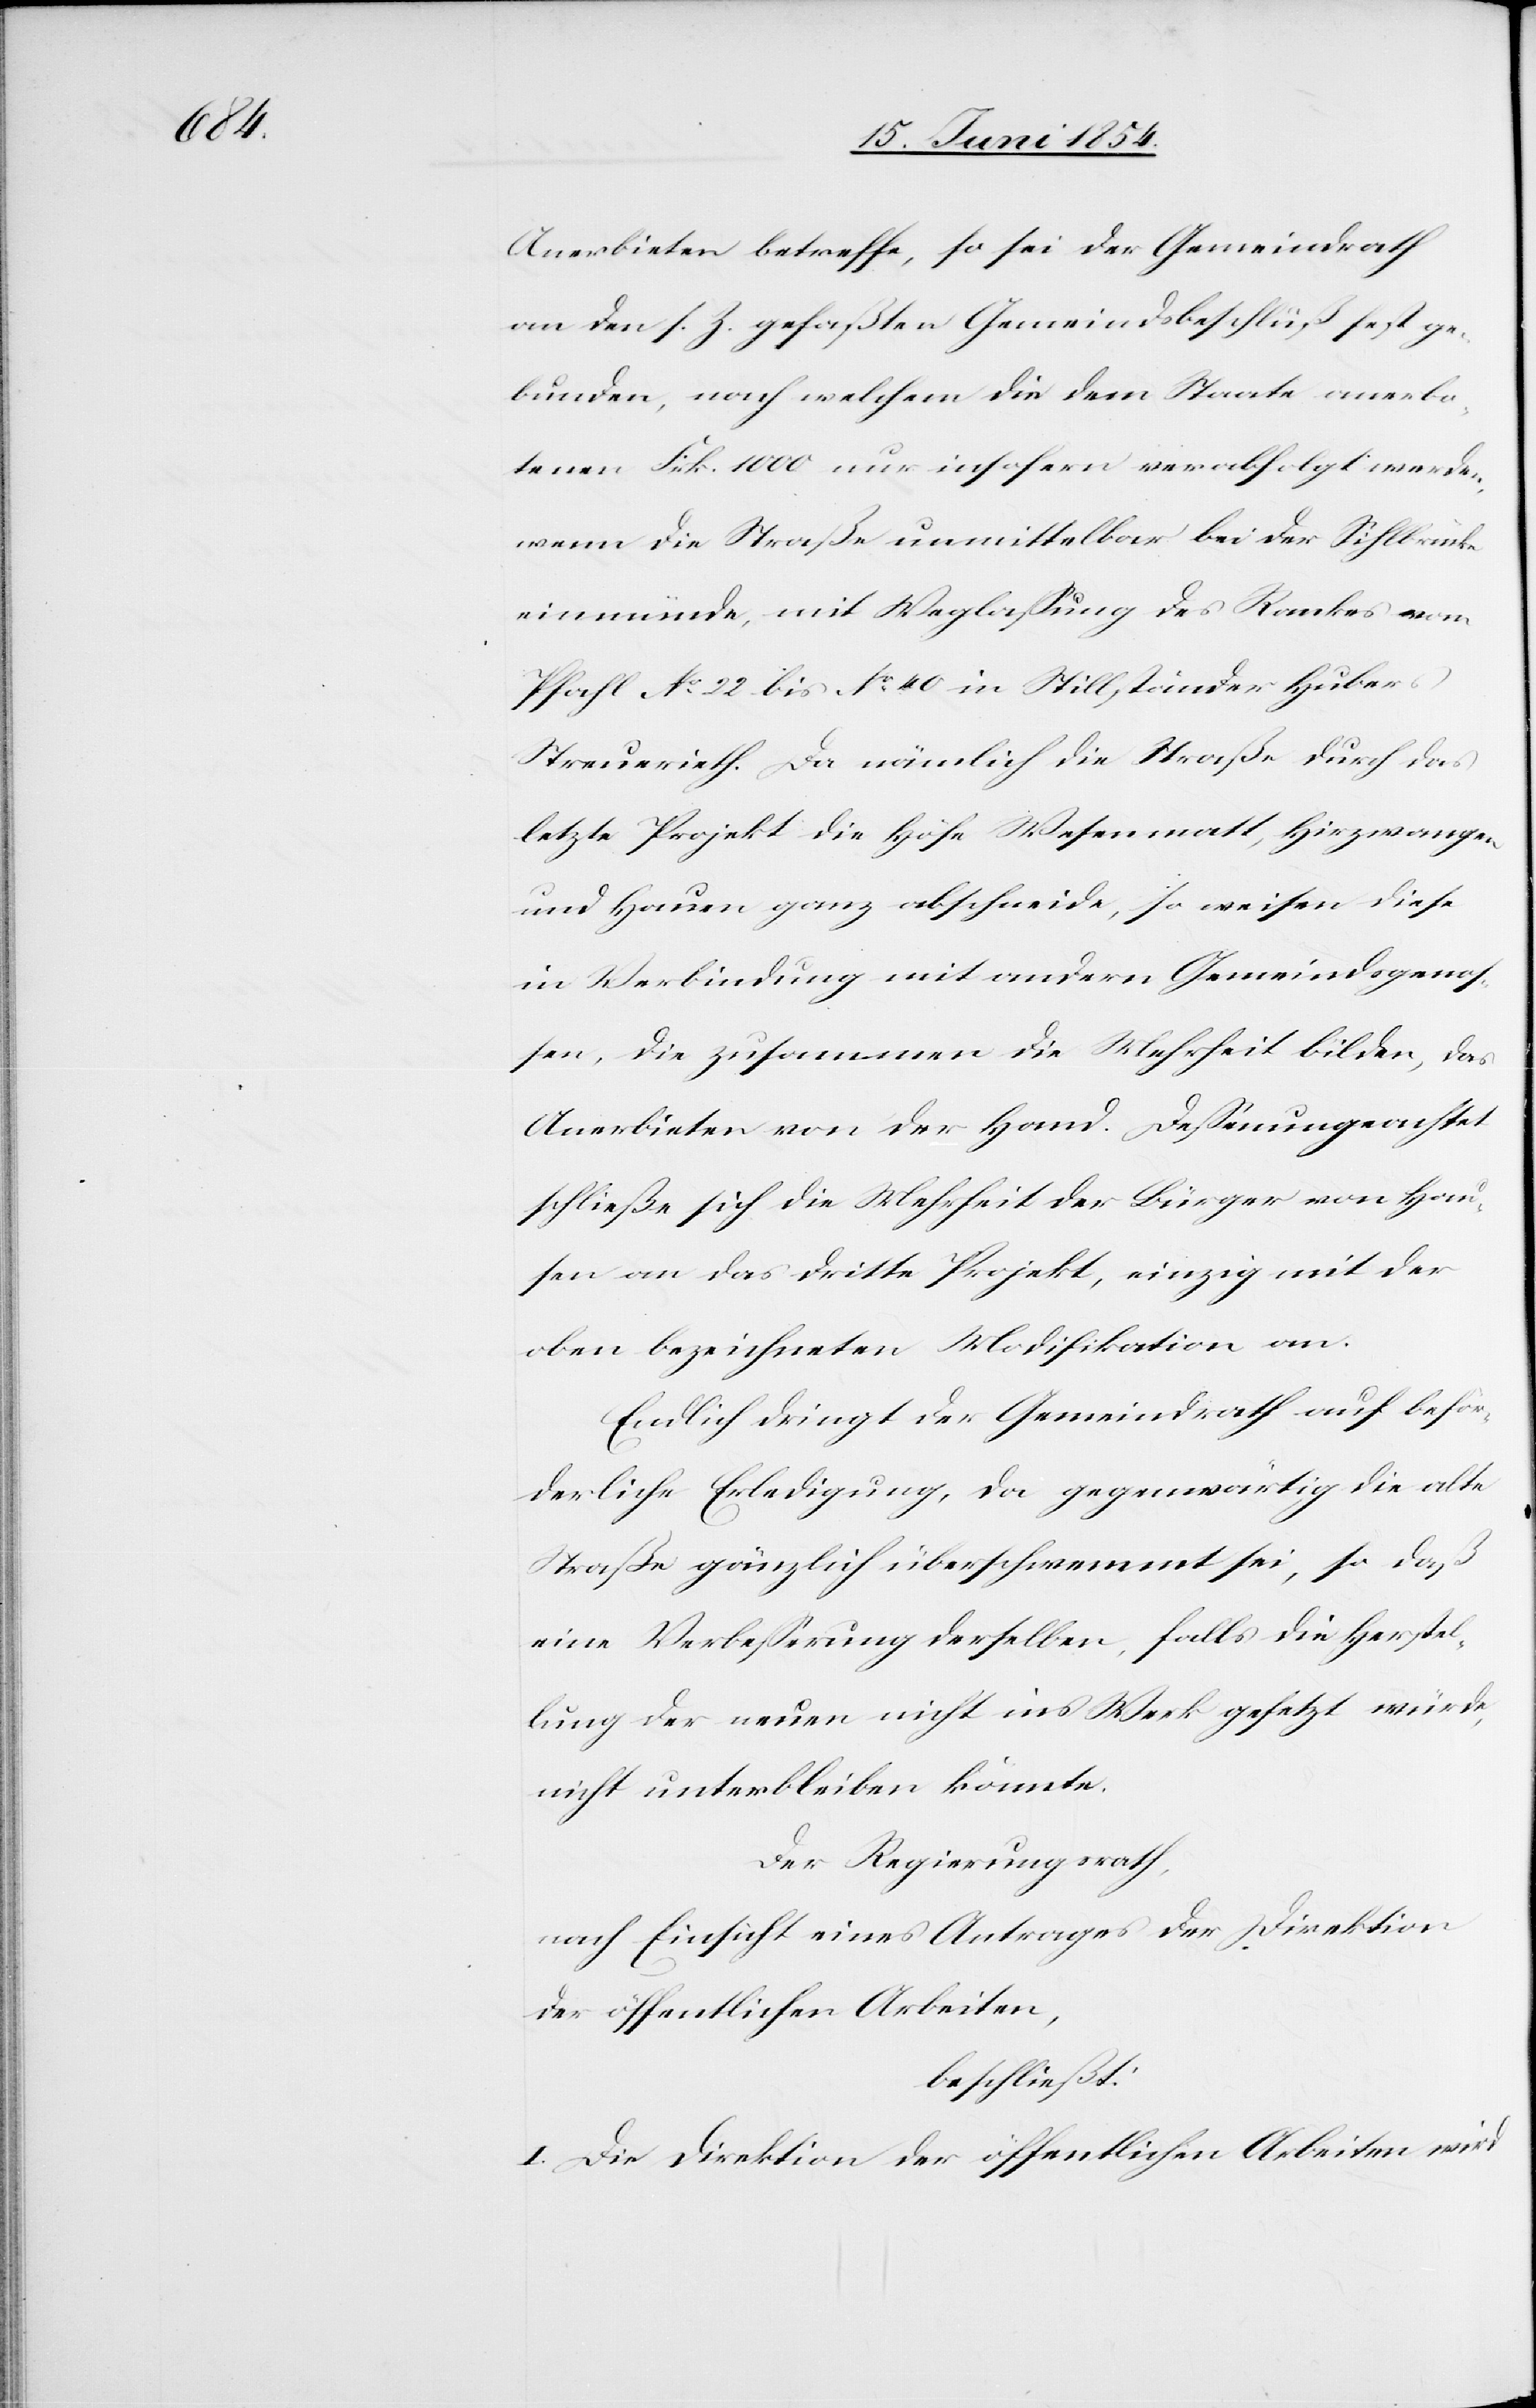
Anerbieten betreffe, so sei der Gemeindrath
an den s. Z. gefaßten Gemeindsbeschluß fest ge¬
bunden, nach welchem die dem Staate anerbo¬
tenen Frk. 1000 nur insofern verabfolgt werden,
wenn die Straße unmittelbar bei der Sihlbrücke
einmünde, mit Weglaßung des Rankes von
Pfahl No 22 bis No 40 in Stillständer Hubers
Streuerieth. Da nämlich die Straße durch das
letzte Projekt die Höfe Wesenmatt, Hirzwangen
und Hauen ganz abschneide, so weisen diese
in Verbindung mit andern Gemeindsgeno¬
ßen, die zusammen die Mehrheit bilden, das
Anerbieten von der Hand. Deßenungeachtet
schließe sich die Mehrheit der Bürger von Hau¬
sen an das dritte Projekt, einzig mit der
oben bezeichneten Modifikation an.
Endlich dringt der Gemeindrath auf beför¬
derliche Erledigung, da gegenwärtig die alte
Straße ganz überschwemmt sei, so daß
eine Verbeßerung derselben, falls die Herstel¬
lung der neuen nicht ins Werk gesetzt würde,
nicht unterbleiben könnte.
Der Regierungsrath,
nach Einsicht eines Antrages der Direktion
der öffentlichen Arbeiten,
beschließt:
I. Die Direktion der öffentlichen Arbeiten wird